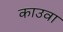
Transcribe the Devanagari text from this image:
काउवा